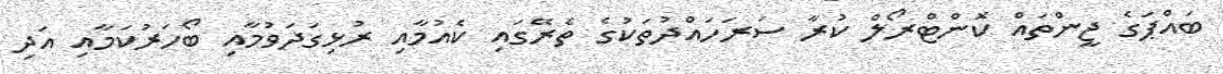
ބައްޕަގެ ޖީންތައް ކޮންޓްރޯލް ކުރާ ސަރަހައްދުތަކުގެ ތެރޭގައި ކެއުމާއި ރުޅިގަދަވުމާއި ބޯހަރުކަމާއި އަދި